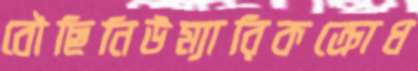
বৌছিনিউম্যারিকক্রোধ